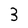
Character: 3